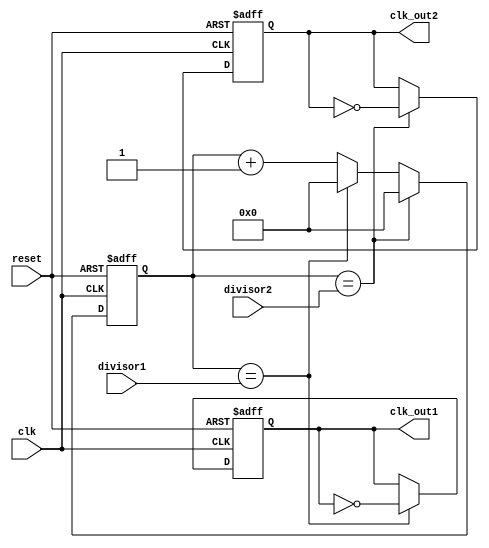
module dual_modulus_clock_divider (
    input clk,
    input reset,
    input [7:0] divisor1,
    input [7:0] divisor2,
    output reg clk_out1,
    output reg clk_out2
);

reg [7:0] count;

always @(posedge clk or posedge reset) begin
    if (reset) begin
        count <= 8'b0;
        clk_out1 <= 1'b0;
        clk_out2 <= 1'b0;
    end else begin
        count <= count + 1;
        if (count == divisor1) begin
            clk_out1 <= ~clk_out1;
            count <= 8'b0;
        end
        
        if (count == divisor2) begin
            clk_out2 <= ~clk_out2;
            count <= 8'b0;
        end
    end
end

endmodule